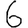
Digit: 6